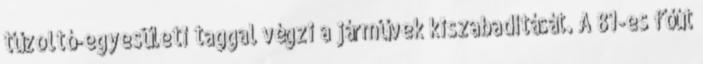
tűzoltó-egyesületi taggal végzi a járművek kiszabadítását. A 81-es főút